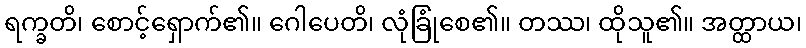
ရက္ခတိ၊ စောင့်ရှောက်၏။ ဂေါပေတိ၊ လုံခြုံစေ၏။ တဿ၊ ထိုသူ၏။ အတ္ထာယ၊